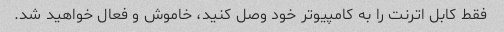
فقط كابل اترنت را به كامپيوتر خود وصل كنيد، خاموش و فعال خواهيد شد.